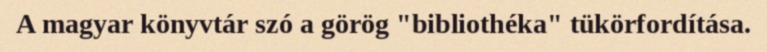
A magyar könyvtár szó a görög "bibliothéka" tükörfordítása.